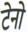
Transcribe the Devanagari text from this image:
टेनो